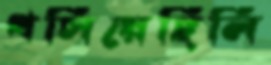
খসিয়েছিলি